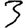
Digit: 3